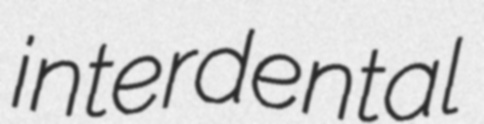
interdental